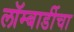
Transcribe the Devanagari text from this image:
लॉम्बार्डीचा